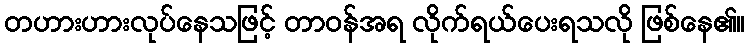
တဟားဟားလုပ်နေသဖြင့် တာဝန်အရ လိုက်ရယ်ပေးရသလို ဖြစ်နေ၏။